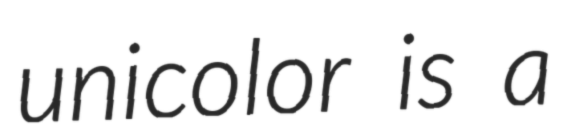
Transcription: unicolor is a